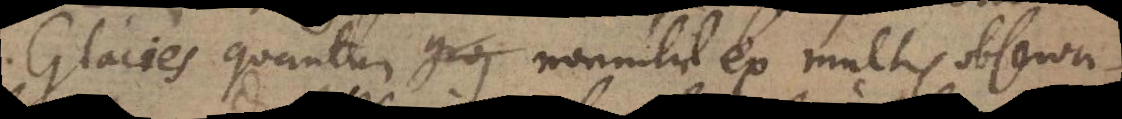
Glacies quantum nonnihil ex multis observa-